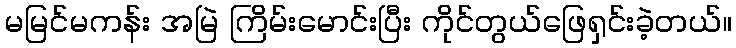
မမြင်မကန်း အမြဲ ကြိမ်းမောင်းပြီး ကိုင်တွယ်ဖြေရှင်းခဲ့တယ်။